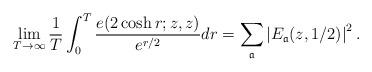
LaTeX: \begin{align*} \lim_{T \to \infty} \frac{1}{T} \int_{0}^{T} \frac{e(2 \cosh r;z,z)}{e^{r/2}} dr = \sum_{\frak{a}}\left| E_{\frak{a}} (z, 1/2) \right|^2.\end{align*}